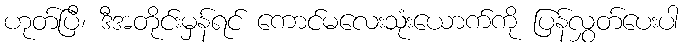
ဟုတ်ပြီ၊ ဒီအတိုင်းမှန်ရင် ကောင်မလေးသုံးယောက်ကို ပြန်လွှတ်ပေးပါ